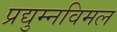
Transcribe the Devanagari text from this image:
प्रद्युम्नविमल